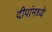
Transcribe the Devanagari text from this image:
दीपांमध्ये